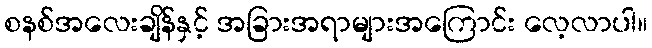
စနစ်အလေးချိန်နှင့် အခြားအရာများအကြောင်း လေ့လာပါ။